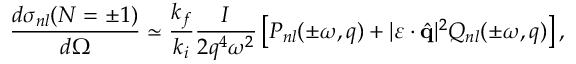
\frac { d { \sigma } _ { n l } ( N = \pm 1 ) } { d \Omega } \simeq \frac { k _ { f } } { k _ { i } } \frac { I } { 2 q ^ { 4 } \omega ^ { 2 } } \left[ { \cal P } _ { n l } ( \pm \omega , q ) + | \boldsymbol { \varepsilon } \cdot \hat { \mathbf { q } } | ^ { 2 } { \cal Q } _ { n l } ( \pm \omega , q ) \right] ,